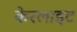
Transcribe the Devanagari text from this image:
केरलाइट